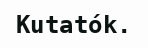
Kutatók.